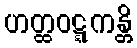
ဟတ္ထဝဋ္ဋကန္တိ